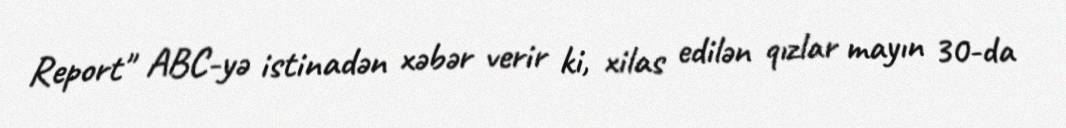
Report" ABC-yə istinadən xəbər verir ki, xilas edilən qızlar mayın 30-da